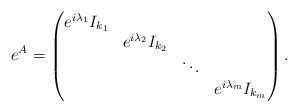
LaTeX: \begin{align*}e^A=\begin{pmatrix}e^{i\lambda_1}I_{k_1} & & & \\ & e^{i\lambda_2}I_{k_2} & & \\ & & \ddots & \\ & & & e^{i\lambda_m}I_{k_m} \\\end{pmatrix}.\end{align*}